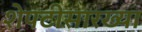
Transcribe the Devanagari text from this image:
शेपटीसारख्या